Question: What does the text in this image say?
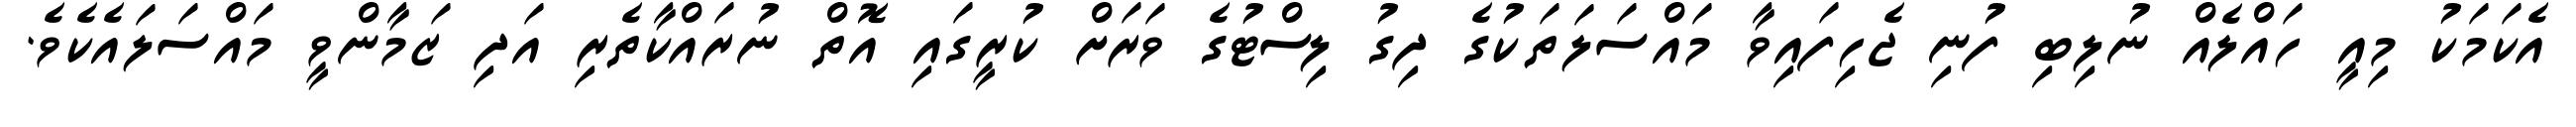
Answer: އެކަމަކު މިއީ ހައްލެއް ނުލިބި ފުނި ޖެހިފައިވާ މައްސަލަތަކުގެ ދިގު ލިސްޓުގެ ވަރަށް ކުރީގައި އޮތް ނުރައްކާތެރި އަދި ޒަމާންވީ މައްސަލައެކެވެ.